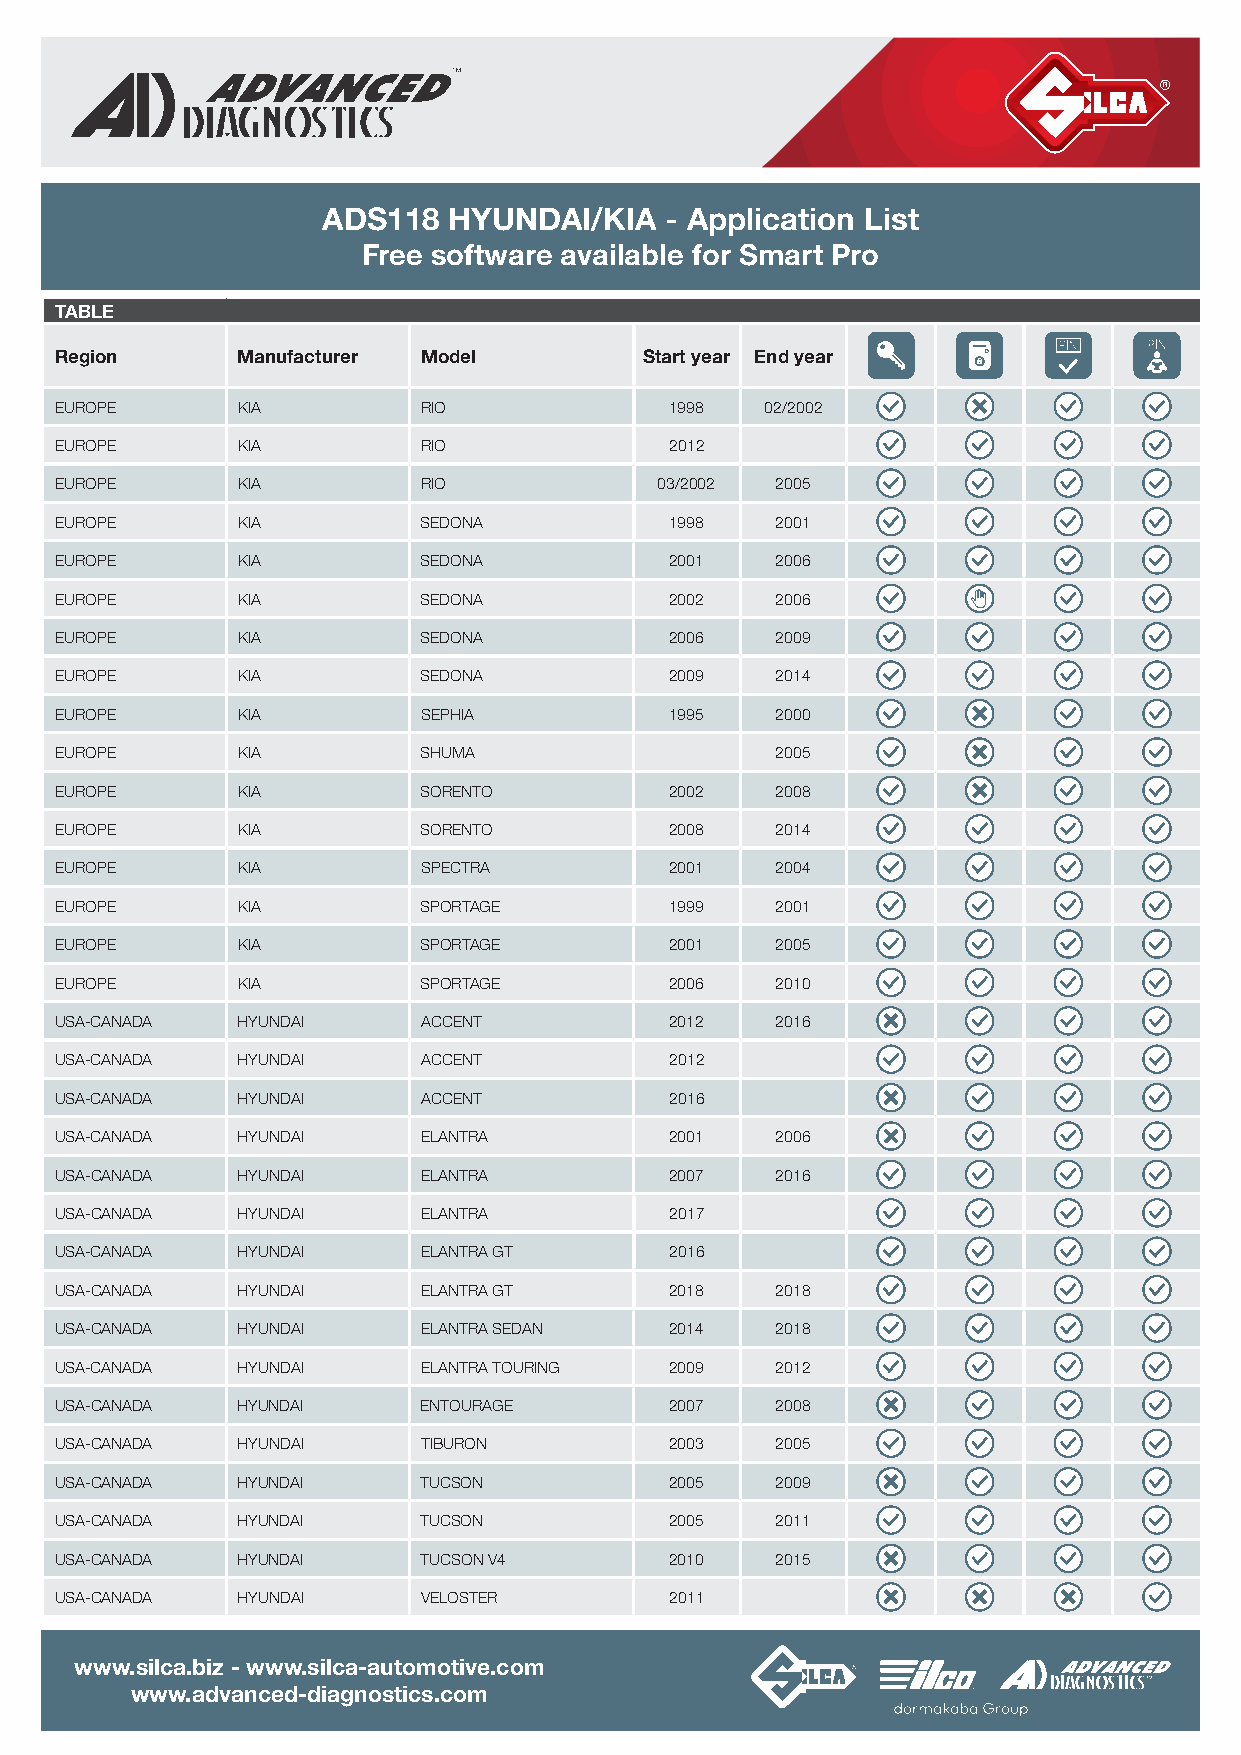
ADS118   HYUNDAI/KIA   - Application List
 Free software available for Smart Pro
 TABLE
 Region      Manufacturer Model         Start year End year
 EUROPE      KIA         RIO             1998   02/2002
 EUROPE      KIA         RIO             2012
 EUROPE      KIA         RIO             03/2002 2005
 EUROPE      KIA         SEDONA          1998   2001
 EUROPE      KIA         SEDONA          2001   2006
 EUROPE      KIA         SEDONA          2002   2006
 EUROPE      KIA         SEDONA          2006   2009
 EUROPE      KIA         SEDONA          2009   2014
 EUROPE      KIA         SEPHIA          1995   2000
 EUROPE      KIA         SHUMA                  2005
 EUROPE      KIA         SORENTO         2002   2008
 EUROPE      KIA         SORENTO         2008   2014
 EUROPE      KIA         SPECTRA         2001   2004
 EUROPE      KIA         SPORTAGE        1999   2001
 EUROPE      KIA         SPORTAGE        2001   2005
 EUROPE      KIA         SPORTAGE        2006   2010
 USA -CANADA HYUNDAI     ACCENT          2012   2016
 USA -CANADA HYUNDAI     ACCENT          2012
 USA -CANADA HYUNDAI     ACCENT          2016
 USA -CANADA HYUNDAI     ELANTRA         2001   2006
 USA- CANADA HYUNDAI     ELANTRA         2007   2016
 USA- CANADA HYUNDAI     ELANTRA         2017
 USA -CANADA HYUNDAI     ELANTRA GT      2016
 USA- CANADA HYUNDAI     ELANTRA GT      2018   2018
 USA- CANADA HYUNDAI     ELANTRA SEDAN   2014   2018
 USA -CANADA HYUNDAI     ELANTRA TOURING 2009   2012
 USA- CANADA HYUNDAI     ENTOURAGE       2007   2008
 USA- CANADA HYUNDAI     TIBURON         2003   2005
 USA- CANADA HYUNDAI     TUCSON          2005   2009
 USA- CANADA HYUNDAI     TUCSON          2005   2011
 USA- CANADA HYUNDAI     TUCSON V4       2010   2015
 USA- CANADA HYUNDAI     VELOSTER        2011
 www.silca.biz - www.silca-automotive.com
 www.advanced-diagnostics.com